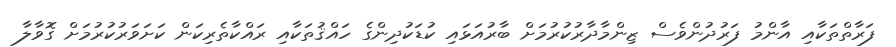
ފަރާތްތަކާއި އާންމު ފަރުދުންވެސް ޒިންމާދާރުކުރުމަށް ބާރުއަޅައި ކުޑަކުދިންގެ ހައްޤުތަކާއި ރައްކާތެރިކަން ކަށަވަރުކުރުމަށް ގޮވާލާ